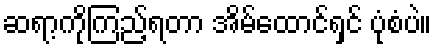
ဆရာ့ကိုကြည့်ရတာ အိမ်ထောင်ရှင် ပုံစံပဲ။